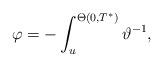
LaTeX: \begin{align*}\varphi = - \int_u^{\Theta(0,T^*)} \vartheta^{-1},\end{align*}